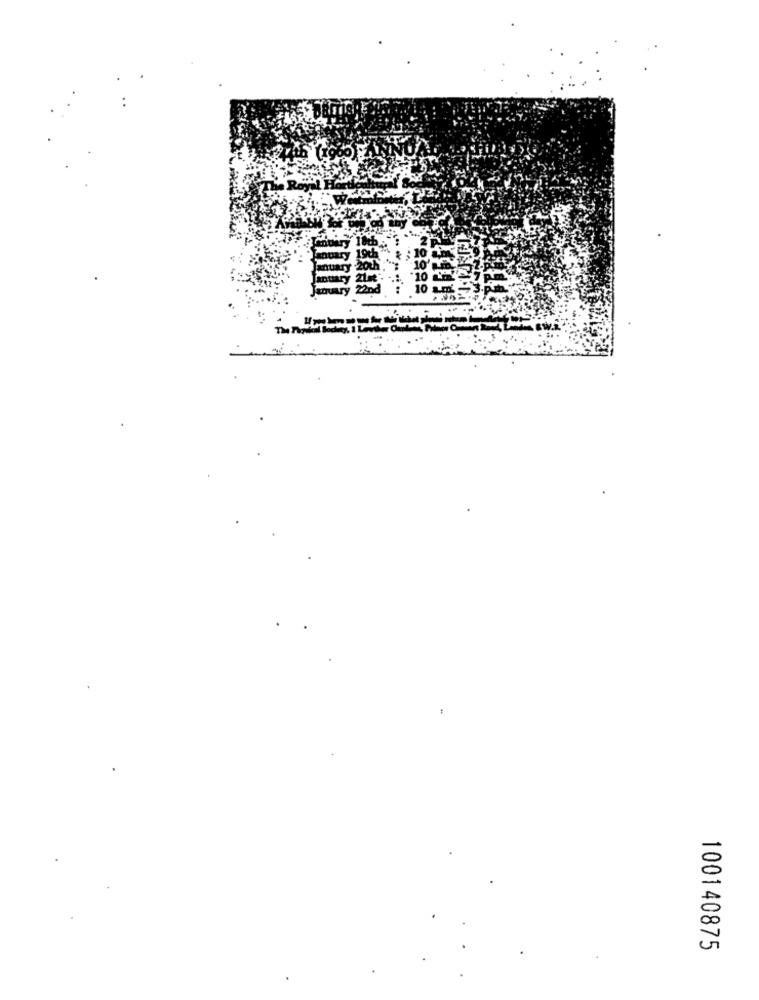
10
100140875